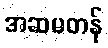
အဆမတန်